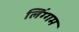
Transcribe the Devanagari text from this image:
लिंग्गम